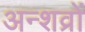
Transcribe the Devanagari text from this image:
अन्शव्रों